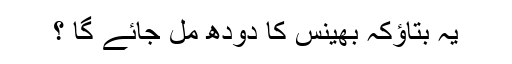
يہ بتاؤکہ بھينس کا دودھ مل جائے گا ؟